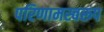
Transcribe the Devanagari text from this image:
परिणामस्वरूप